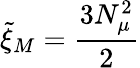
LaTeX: \tilde{\xi}_{M}=\frac{3N_{\mu}^{2}}{2}